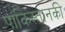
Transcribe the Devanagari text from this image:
पाकिस्तानकी